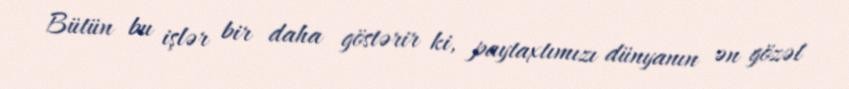
Bütün bu işlər bir daha göstərir ki, paytaxtımızı dünyanın ən gözəl